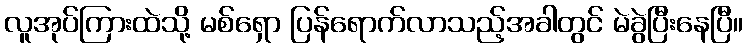
လူအုပ်ကြားထဲသို့ မစ်ရှော ပြန်ရောက်လာသည့်အခါတွင် မဲခွဲပြီးနေပြီ။